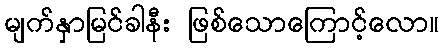
မျက်နှာမြင်ခါနီး ဖြစ်သောကြောင့်လော။